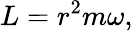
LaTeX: L=r^{2}m\omega,